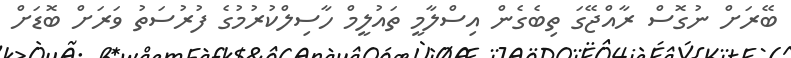
ބޭރަށް ނުގޮސް ރާއްޖޭގަ ތިބެގެން އިސްލާމީ ތައުލީމް ހާސިލްކުރުމުގެ ފުރުސަތު ވަރަށް ބޮޑަށް